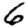
Digit: 6